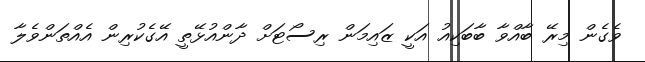
ވެގެން މިރޭ ބާއްވާ ބާބަކިއު އަކީ ޒައިމަން ރިސޯޓަށް ދާންއުޅޭތީ އޭގެކުރިން އެއްތަންވެލާ